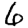
Digit: 6